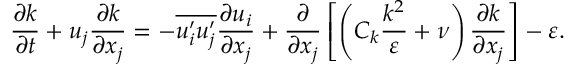
\frac { \partial k } { \partial t } + u _ { j } \frac { \partial k } { \partial x _ { j } } = - \overline { { u _ { i } ^ { \prime } u _ { j } ^ { \prime } } } \frac { \partial u _ { i } } { \partial x _ { j } } + \frac { \partial } { \partial x _ { j } } \left[ \left( C _ { k } \frac { k ^ { 2 } } { \varepsilon } + \nu \right) \frac { \partial k } { \partial x _ { j } } \right] - \varepsilon .